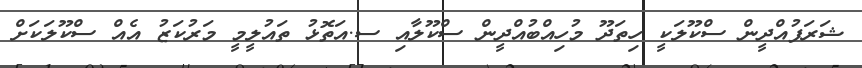
ޝަރަފުއްދީން ސްކޫލަކީ ހިތަދޫ މުހިއްބުއްދީން ސްކޫލާއި ސ.އަތޮޅު ތައުލީމީ މަރުކަޒު އެއް ސްކޫލަކަށް